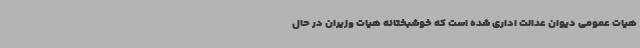
هیات عمومی دیوان عدالت اداری شده است که خوشبختانه هیات وزیران در حال